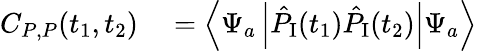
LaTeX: \begin{array}{rl}{C_{P,P}(t_{1},t_{2})}&{{}=\left\langle\Psi_{a}\left|\hat{P}_{\textrm{I}}(t_{1})\hat{P}_{\textrm{I}}(t_{2})\right|\Psi_{a}\right\rangle}\end{array}